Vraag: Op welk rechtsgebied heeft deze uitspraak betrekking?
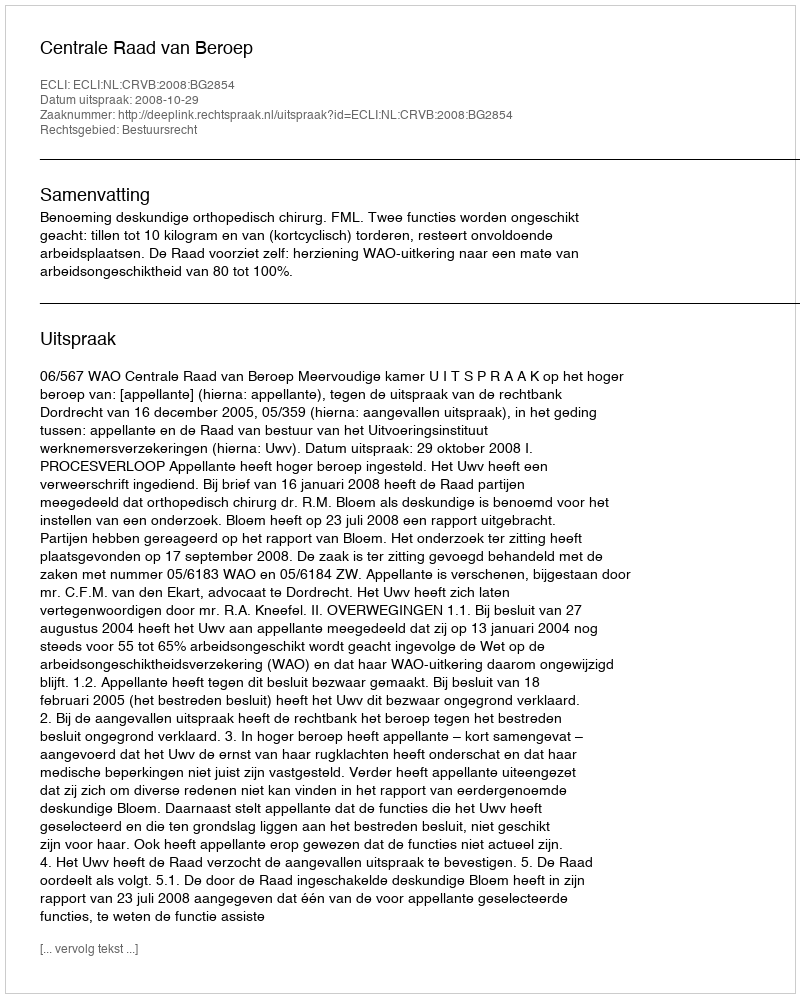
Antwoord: Bestuursrecht